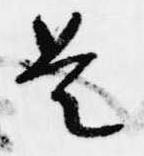
是